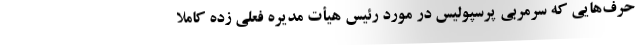
حرف‌هایی که سرمربی پرسپولیس در مورد رئیس هیأت مدیره فعلی زده کاملاً